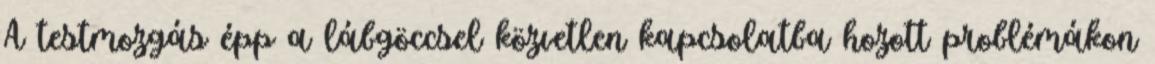
A testmozgás épp a lábgöccsel közvetlen kapcsolatba hozott problémákon